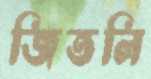
জিতলি